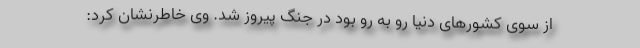
از سوی کشور‌های دنیا رو به رو بود در جنگ پیروز شد. وی خاطرنشان کرد: